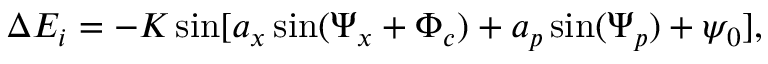
\begin{array} { r } { \Delta { \cal E } _ { i } = - { \cal K } \sin [ a _ { x } \sin ( \Psi _ { x } + \Phi _ { c } ) + a _ { p } \sin ( \Psi _ { p } ) + \psi _ { 0 } ] , } \end{array}